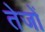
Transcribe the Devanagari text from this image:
तेजों